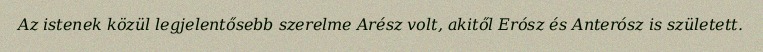
Az istenek közül legjelentősebb szerelme Arész volt, akitől Erósz és Anterósz is született.